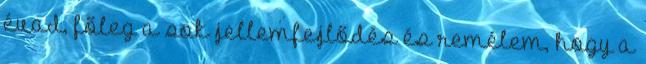
évad, főleg a sok jellemfejlődés és remélem, hogy a